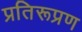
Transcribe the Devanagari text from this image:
प्रतिरूप्रण